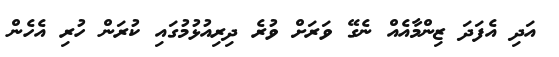
އަދި އެފަދަ ޒިންމާއެއް ނެގޭ ވަރަށް ވުރެ ދިރިއުޅުމުގައި ކުރަން ހުރި އެހެން